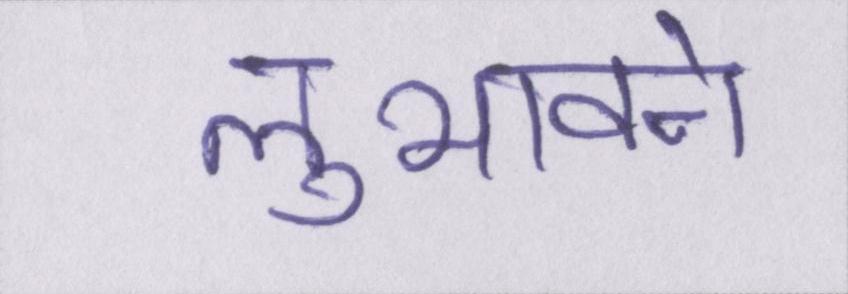
लुभावने